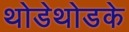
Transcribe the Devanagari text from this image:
थोडेथोडके